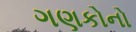
ગણકોનો